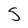
Character: S